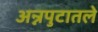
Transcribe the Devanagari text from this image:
अन्नपुटातले